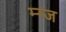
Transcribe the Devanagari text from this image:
म्ग्ज